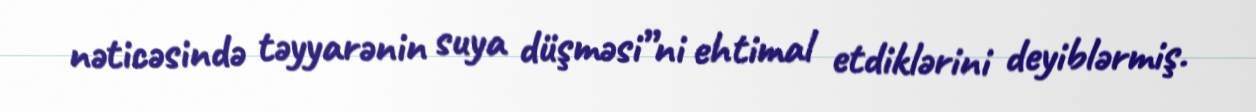
nəticəsində təyyarənin suya düşməsi”ni ehtimal etdiklərini deyiblərmiş.